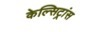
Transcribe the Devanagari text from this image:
केल्सिट्रांस